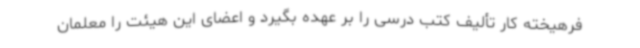
فرهیخته کار تألیف کتب درسی را بر عهده بگیرد و اعضای این هیئت را معلمان